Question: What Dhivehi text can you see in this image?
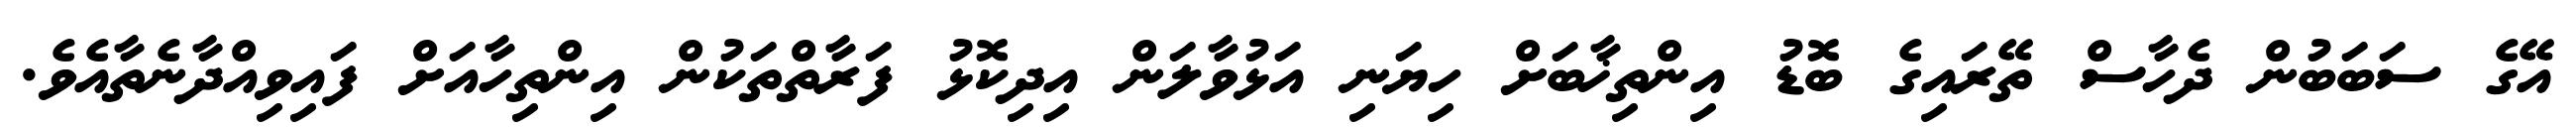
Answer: އޭގެ ސަބަބުން ދެހާސް ތޭރައިގެ ބޮޑު އިންތިޚާބަށް ހިޔަނި އަޅުވާލަން އިދިކޮޅު ފަރާތްތަކުން އިންތިހާއަށް ފައިވިއްދާނެތާއެވެ.